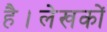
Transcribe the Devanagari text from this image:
है।लेखकों